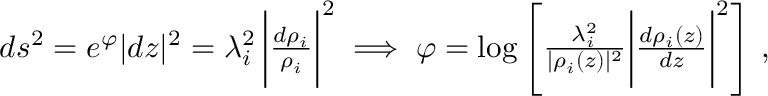
\begin{array} { r } { d s ^ { 2 } = e ^ { \varphi } | d z | ^ { 2 } = \lambda _ { i } ^ { 2 } \, \bigg | { \frac { d \rho _ { i } } { \rho _ { i } } } \bigg | ^ { 2 } \implies \varphi = \log \left[ { \frac { \lambda _ { i } ^ { 2 } } { | \rho _ { i } ( z ) | ^ { 2 } } } \bigg | { \frac { d \rho _ { i } ( z ) } { d z } } \bigg | ^ { 2 } \right] \, , } \end{array}